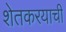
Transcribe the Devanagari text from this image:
शेतकरयाची